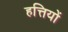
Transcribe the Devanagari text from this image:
हत्तियों